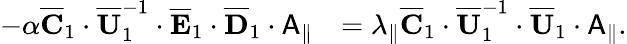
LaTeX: \begin{array}{rl}{-\alpha\overline{{\mathbf{C}}}_{1}\cdot\overline{{\mathbf{U}}}_{1}^{-1}\cdot\overline{{\mathbf{E}}}_{1}\cdot\overline{{\mathbf{D}}}_{1}\cdot\mathsf{A}_{\parallel}}&{=\lambda_{\parallel}\overline{{\mathbf{C}}}_{1}\cdot\overline{{\mathbf{U}}}_{1}^{-1}\cdot\overline{{\mathbf{U}}}_{1}\cdot\mathsf{A}_{\parallel}.}\end{array}